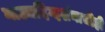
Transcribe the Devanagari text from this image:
नाट्यदिग्दर्शनाचीही